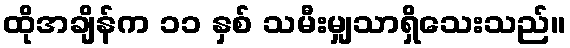
ထိုအချိန်က ၁၁ နှစ် သမီးမျှသာရှိသေးသည်။